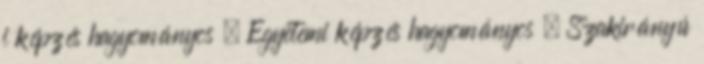
i képzés hagyományos , Egyetemi képzés hagyományos , Szakirányú